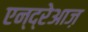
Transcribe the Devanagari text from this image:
एन्द्रेआज़